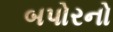
બપોરનો